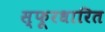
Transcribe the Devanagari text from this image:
स्फूरधारित